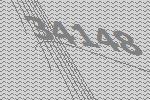
34148